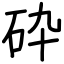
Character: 砕